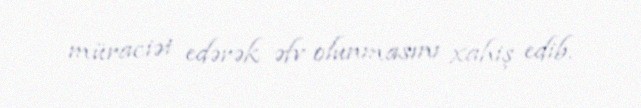
müraciət edərək əfv olunmasını xahiş edib.